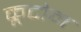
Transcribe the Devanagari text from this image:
क्रूटोन